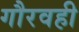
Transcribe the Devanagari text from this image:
गौरवही